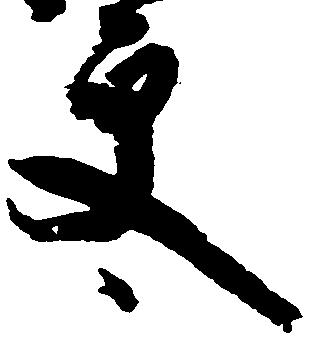
更